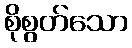
စိုစွတ်သော